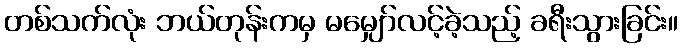
တစ်သက်လုံး ဘယ်တုန်းကမှ မမျှော်လင့်ခဲ့သည့် ခရီးသွားခြင်း။